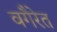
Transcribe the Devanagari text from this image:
वगैरेत